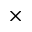
\times